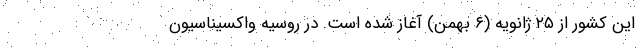
این کشور از ۲۵ ژانویه (۶ بهمن) آغاز شده است. در روسیه واکسیناسیون